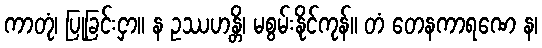
ကာတုံ၊ ပြုခြင်းငှာ။ န ဥဿဟန္တိ၊ မစွမ်းနိုင်ကုန်။ တံ တေနကာရဏေ န၊